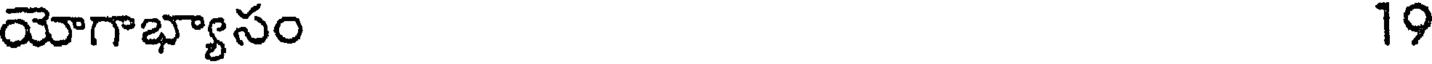
యోగాభ్యాసం 19